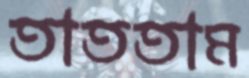
তাততাম